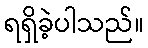
ရရှိခဲ့ပါသည်။